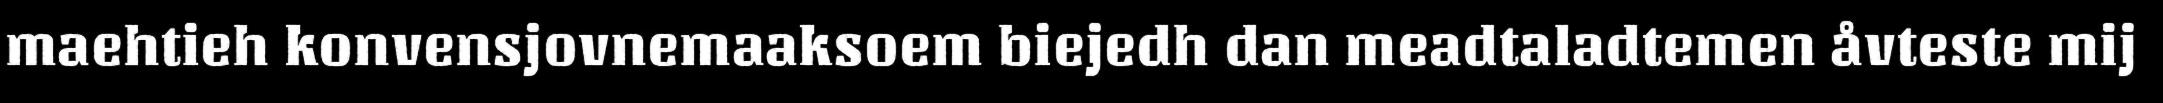
maehtieh konvensjovnemaaksoem biejedh dan meadtaladtemen åvteste mij